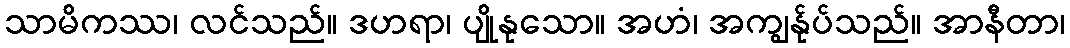
သာမိကဿ၊ လင်သည်။ ဒဟရာ၊ ပျိုနုသော။ အဟံ၊ အကျွန်ုပ်သည်။ အာနီတာ၊